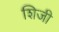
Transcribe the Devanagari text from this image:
शिजी